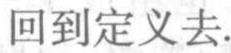
回到定义去.